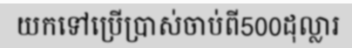
យកទៅប្រើប្រាស់ចាប់ពី500ដុល្លារ